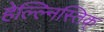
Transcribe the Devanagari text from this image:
हेल्ल्निस्तिक्